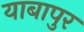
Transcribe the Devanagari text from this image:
याबापुर